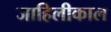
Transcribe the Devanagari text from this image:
जाहिलीकाल